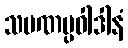
သမဏပ္ပဝါဒါနံ